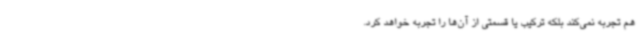
هم تجربه نمی‌کند بلکه ترکیب یا قسمتی از آن‌ها را تجربه خواهد کرد.